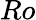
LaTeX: Ro